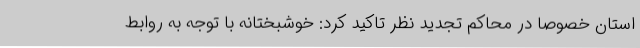
استان خصوصا در محاکم تجدید نظر تاکید کرد: خوشبختانه با توجه به روابط